Leningradi_Edasi_toimetus, lk 16
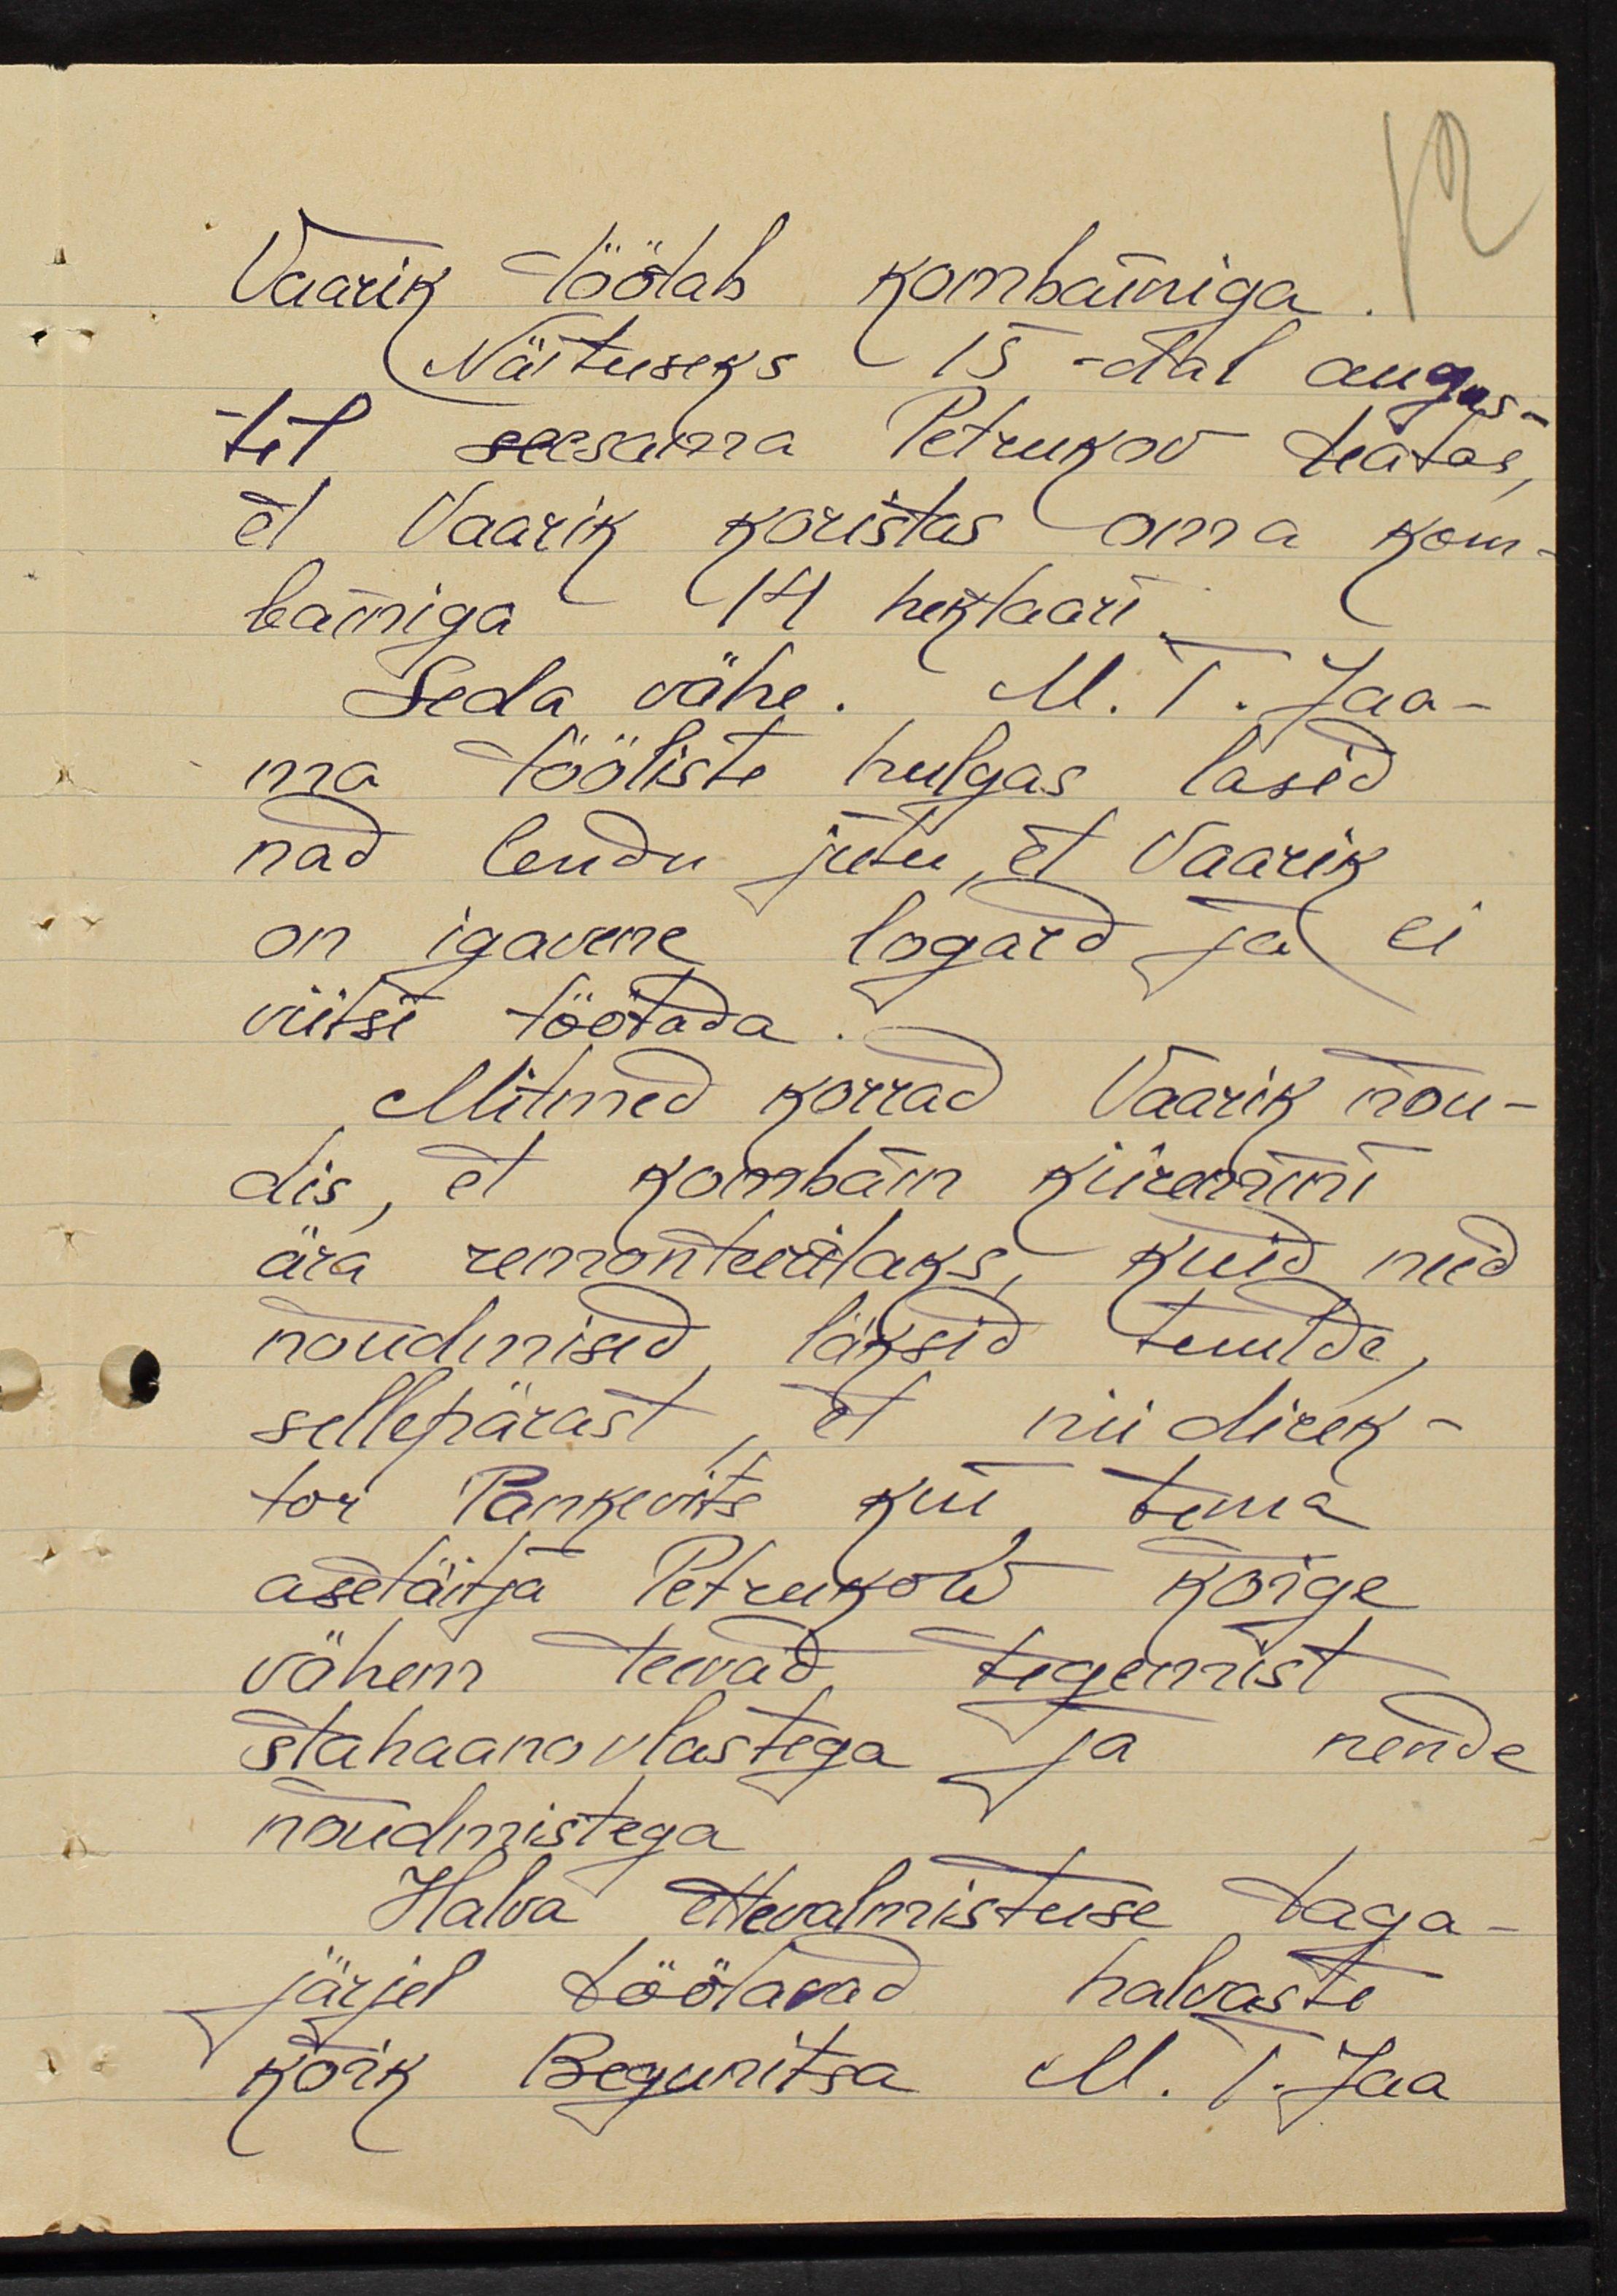
Vaarik töölab kombainiga.
Näituseks 15-dal augus-
til seesama Petrukov teatas,
et Vaarik koristas oma kom-
bainiga 14 hektaari.
Seda vähe. M. T. Jaa-
ma tööliste hulgas lasid
nad lendu jutu, et Vaarik
on igavene logard ja ei
viitsi töötada.
Mitmed korrad Vaarik nõu-
dis, et kombain kiiremini
ära remonteeritaks, kuid need
nõudmised läksid tuulde
sellepärast, et nii direk-
tor Pankevits kui tema
asetäitja Petrukow kõige
vähem teevad tegemist
stahaanovlastega ja nende
nõudmistega
Halva ettevalmistuse taga-
järjel töötavad halvaste
kõik Begunitsa M. T. Jaa